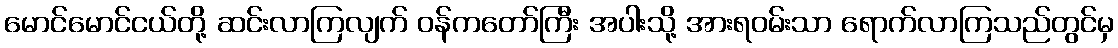
မောင်မောင်ငယ်တို့ ဆင်းလာကြလျက် ဝန်ကတော်ကြီး အပါးသို့ အားရဝမ်းသာ ရောက်လာကြသည်တွင်မှ